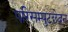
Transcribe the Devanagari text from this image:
परिसम्पुटछेदन